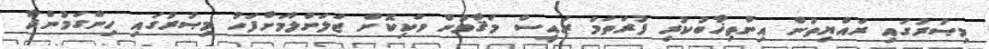
މިޞުރުގައި ރައްޔިތުން އިންތިޚާބުކުރި ފުރަތަމަ ރައީސް މަޤާމުން ވަކިކޮށް ޖަލަށްލުމަށްފަހު މިޞުރުގައި ހިންގަމުންދާ